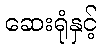
ဆေးရုံနှင့်